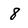
Character: 8